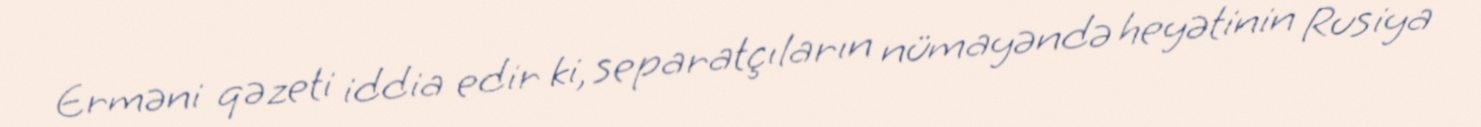
Erməni qəzeti iddia edir ki, separatçıların nümayəndə heyətinin Rusiya